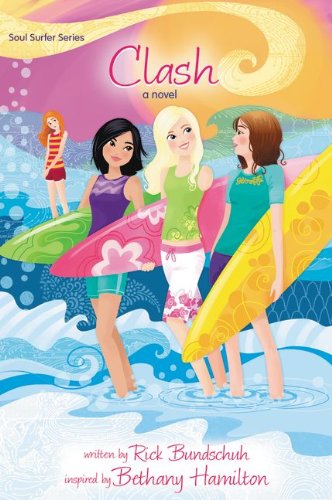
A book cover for Clash: A Novel (Soul Surfer Series); Rick Bundschuh; Christian Books & Bibles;